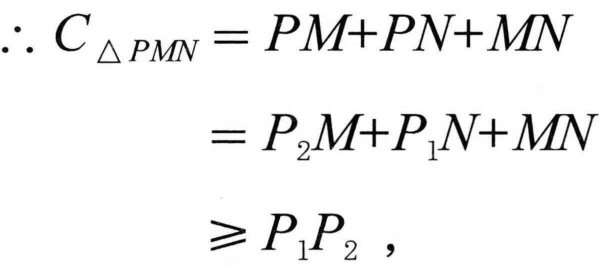
\(\begin{align*}
\therefore C_{\triangle PMN}&=PM + PN+MN\\
&=P_{2}M + P_{1}N+MN\\
&\geqslant P_{1}P_{2},
\end{align*}\)